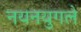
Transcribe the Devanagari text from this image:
नयनयुगले